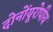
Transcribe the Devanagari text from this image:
दोनोंयूरोपीय